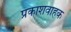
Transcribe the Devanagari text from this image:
प्रकाशवाहक